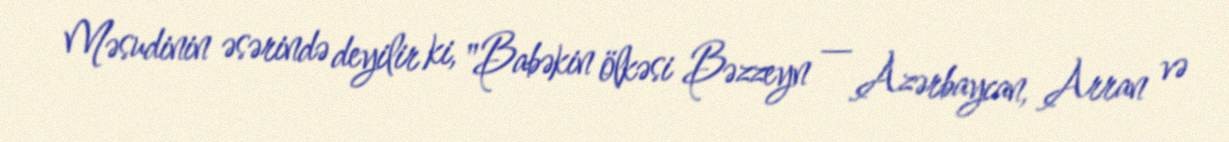
Məsudinin əsərində deyilir ki, "Babəkin ölkəsi Bəzzeyn — Azərbaycan, Arran və